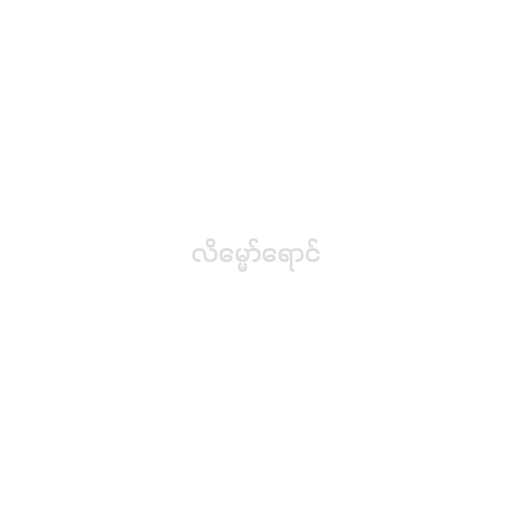
လိမ္မော်ရောင်